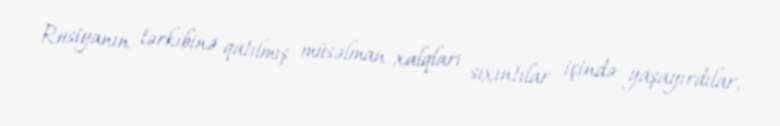
Rusiyanın tərkibinə qatılmış müsəlman xalqları sıxıntılar içində yaşayırdılar,